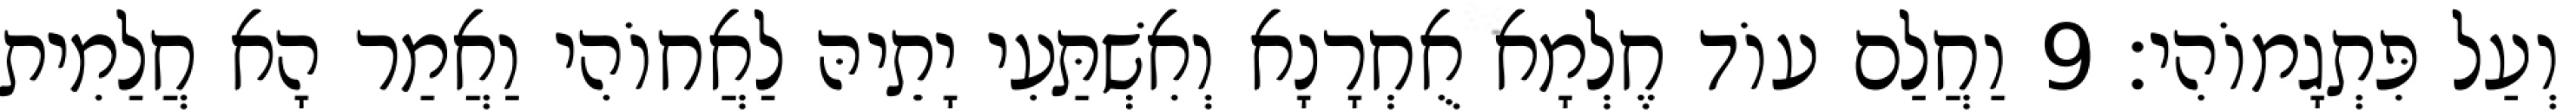
וְעַל פִּתְגָמוֹהִי׃ 9 וַחֲלַם עוֹד חֶלְמָא אֻחְרָנָא וְאִשְׁתַּעִי יָתֵיהּ לַאֲחוֹהִי וַאֲמַר הָא חֲלַמִית